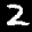
Label: 2